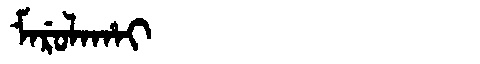
Manchu: ᠮᠠᡵᡠᠯᠠᡥᠠᡳ
Romanization: MARULAHAI